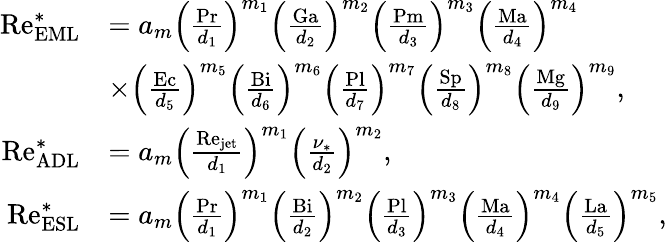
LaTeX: \begin{array}{rl}{\mathrm{Re}_{\mathrm{EML}}^{\ast}}&{=a_{m}\left(\frac{\mathrm{Pr}}{d_{1}}\right)^{m_{1}}\left(\frac{\mathrm{Ga}}{d_{2}}\right)^{m_{2}}\left(\frac{\mathrm{Pm}}{d_{3}}\right)^{m_{3}}\left(\frac{\mathrm{Ma}}{d_{4}}\right)^{m_{4}}}\\ &{\times\left(\frac{\mathrm{Ec}}{d_{5}}\right)^{m_{5}}\left(\frac{\mathrm{Bi}}{d_{6}}\right)^{m_{6}}\left(\frac{\mathrm{Pl}}{d_{7}}\right)^{m_{7}}\left(\frac{\mathrm{Sp}}{d_{8}}\right)^{m_{8}}\left(\frac{\mathrm{Mg}}{d_{9}}\right)^{m_{9}},}\\ {\mathrm{Re}_{\mathrm{ADL}}^{\ast}}&{=a_{m}\left(\frac{\mathrm{Re}_{\mathrm{jet}}}{d_{1}}\right)^{m_{1}}\left(\frac{\nu_{\ast}}{d_{2}}\right)^{m_{2}},}\\ {\mathrm{Re}_{\mathrm{ESL}}^{\ast}}&{=a_{m}\left(\frac{\mathrm{Pr}}{d_{1}}\right)^{m_{1}}\left(\frac{\mathrm{Bi}}{d_{2}}\right)^{m_{2}}\left(\frac{\mathrm{Pl}}{d_{3}}\right)^{m_{3}}\left(\frac{\mathrm{Ma}}{d_{4}}\right)^{m_{4}}\left(\frac{\mathrm{La}}{d_{5}}\right)^{m_{5}},}\end{array}